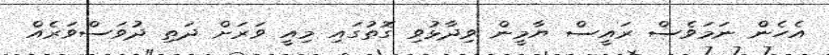
އެހެން ނަމަވެސް ރައީސް ޔާމީން ވިދާޅުވި ގޮތުގައި މިއީ ވަރަށް ދަތި ދުވަސްވަރެއް